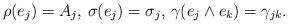
LaTeX: \begin{align*}\rho(e_j) = A_j, \, \sigma(e_j) = \sigma_j, \, \gamma(e_j \wedge e_k) = \gamma_{jk}.\end{align*}